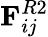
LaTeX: \mathbf{F}_{ij}^{R2}